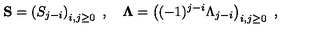
{ \bf S } = \left( S _ { j - i } \right) _ { i , j \geq 0 } \ , \quad { \bf \Lambda } = \left( ( - 1 ) ^ { j - i } \Lambda _ { j - i } \right) _ { i , j \geq 0 } \ ,